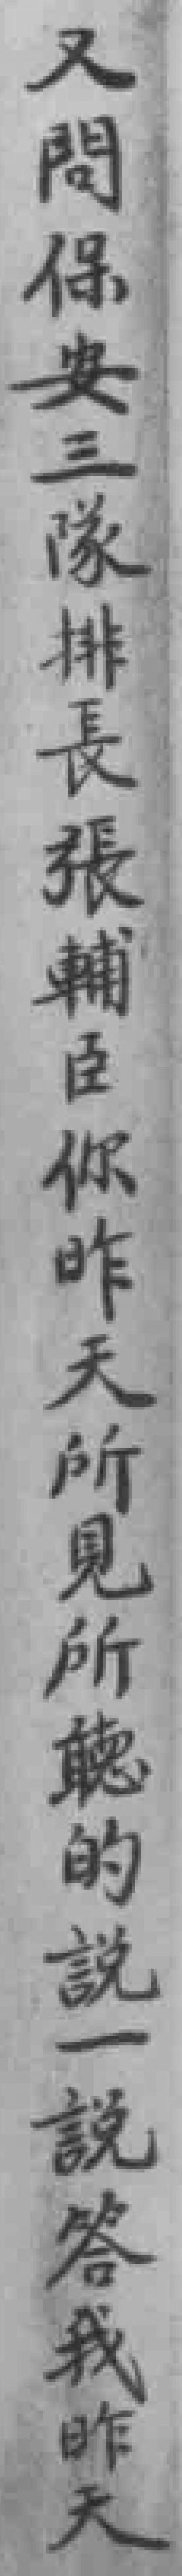
又問保安三隊排長張輔臣你昨天所見所聼的說一說答我昨天